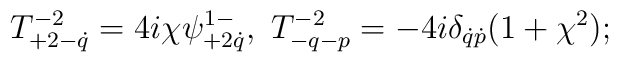
T^{-2}_{+2-\dot q}=4i\chi \psi^{1-}_{+2\dot q},\ T^{-2}_{-q-p}= -4i\delta_{\dot q\dot p}(1+\chi^2);